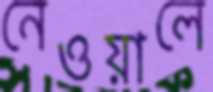
নেওয়ালে